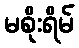
မစိုးရိမ်